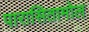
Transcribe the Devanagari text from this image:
पारासितामोल